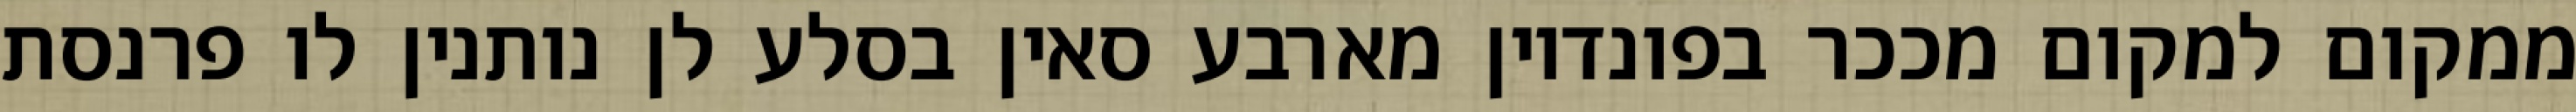
ממקום למקום מככר בפונדיון מארבע סאין בסלע לן נותנין לו פרנסת